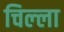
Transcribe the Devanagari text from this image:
चिल्‍ला